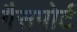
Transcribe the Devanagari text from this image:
गैसपोर्ट